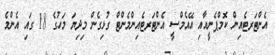
އެންޓަރޓެއިން ކޮމްޕެނީއާއި އޭއެމްސީ އެންޓަރޓެއިންމެންޓް ގުޅިގެން މިދިޔަ މަހުގެ 18 ގައި އެންމެ